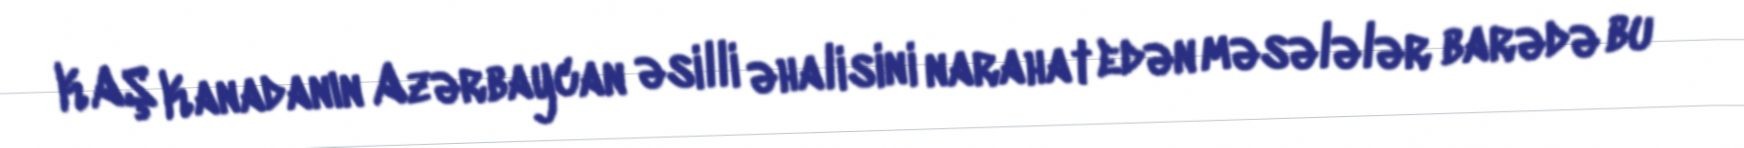
KAŞ Kanadanın Azərbaycan əsilli əhalisini narahat edən məsələlər barədə bu